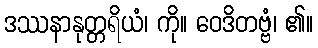
ဒဿနာနုတ္တရိယံ၊ ကို။ ဝေဒိတဗ္ဗံ၊ ၏။